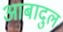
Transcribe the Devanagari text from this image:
आबादुल